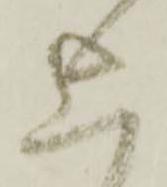
上